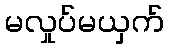
မလှုပ်မယှက်